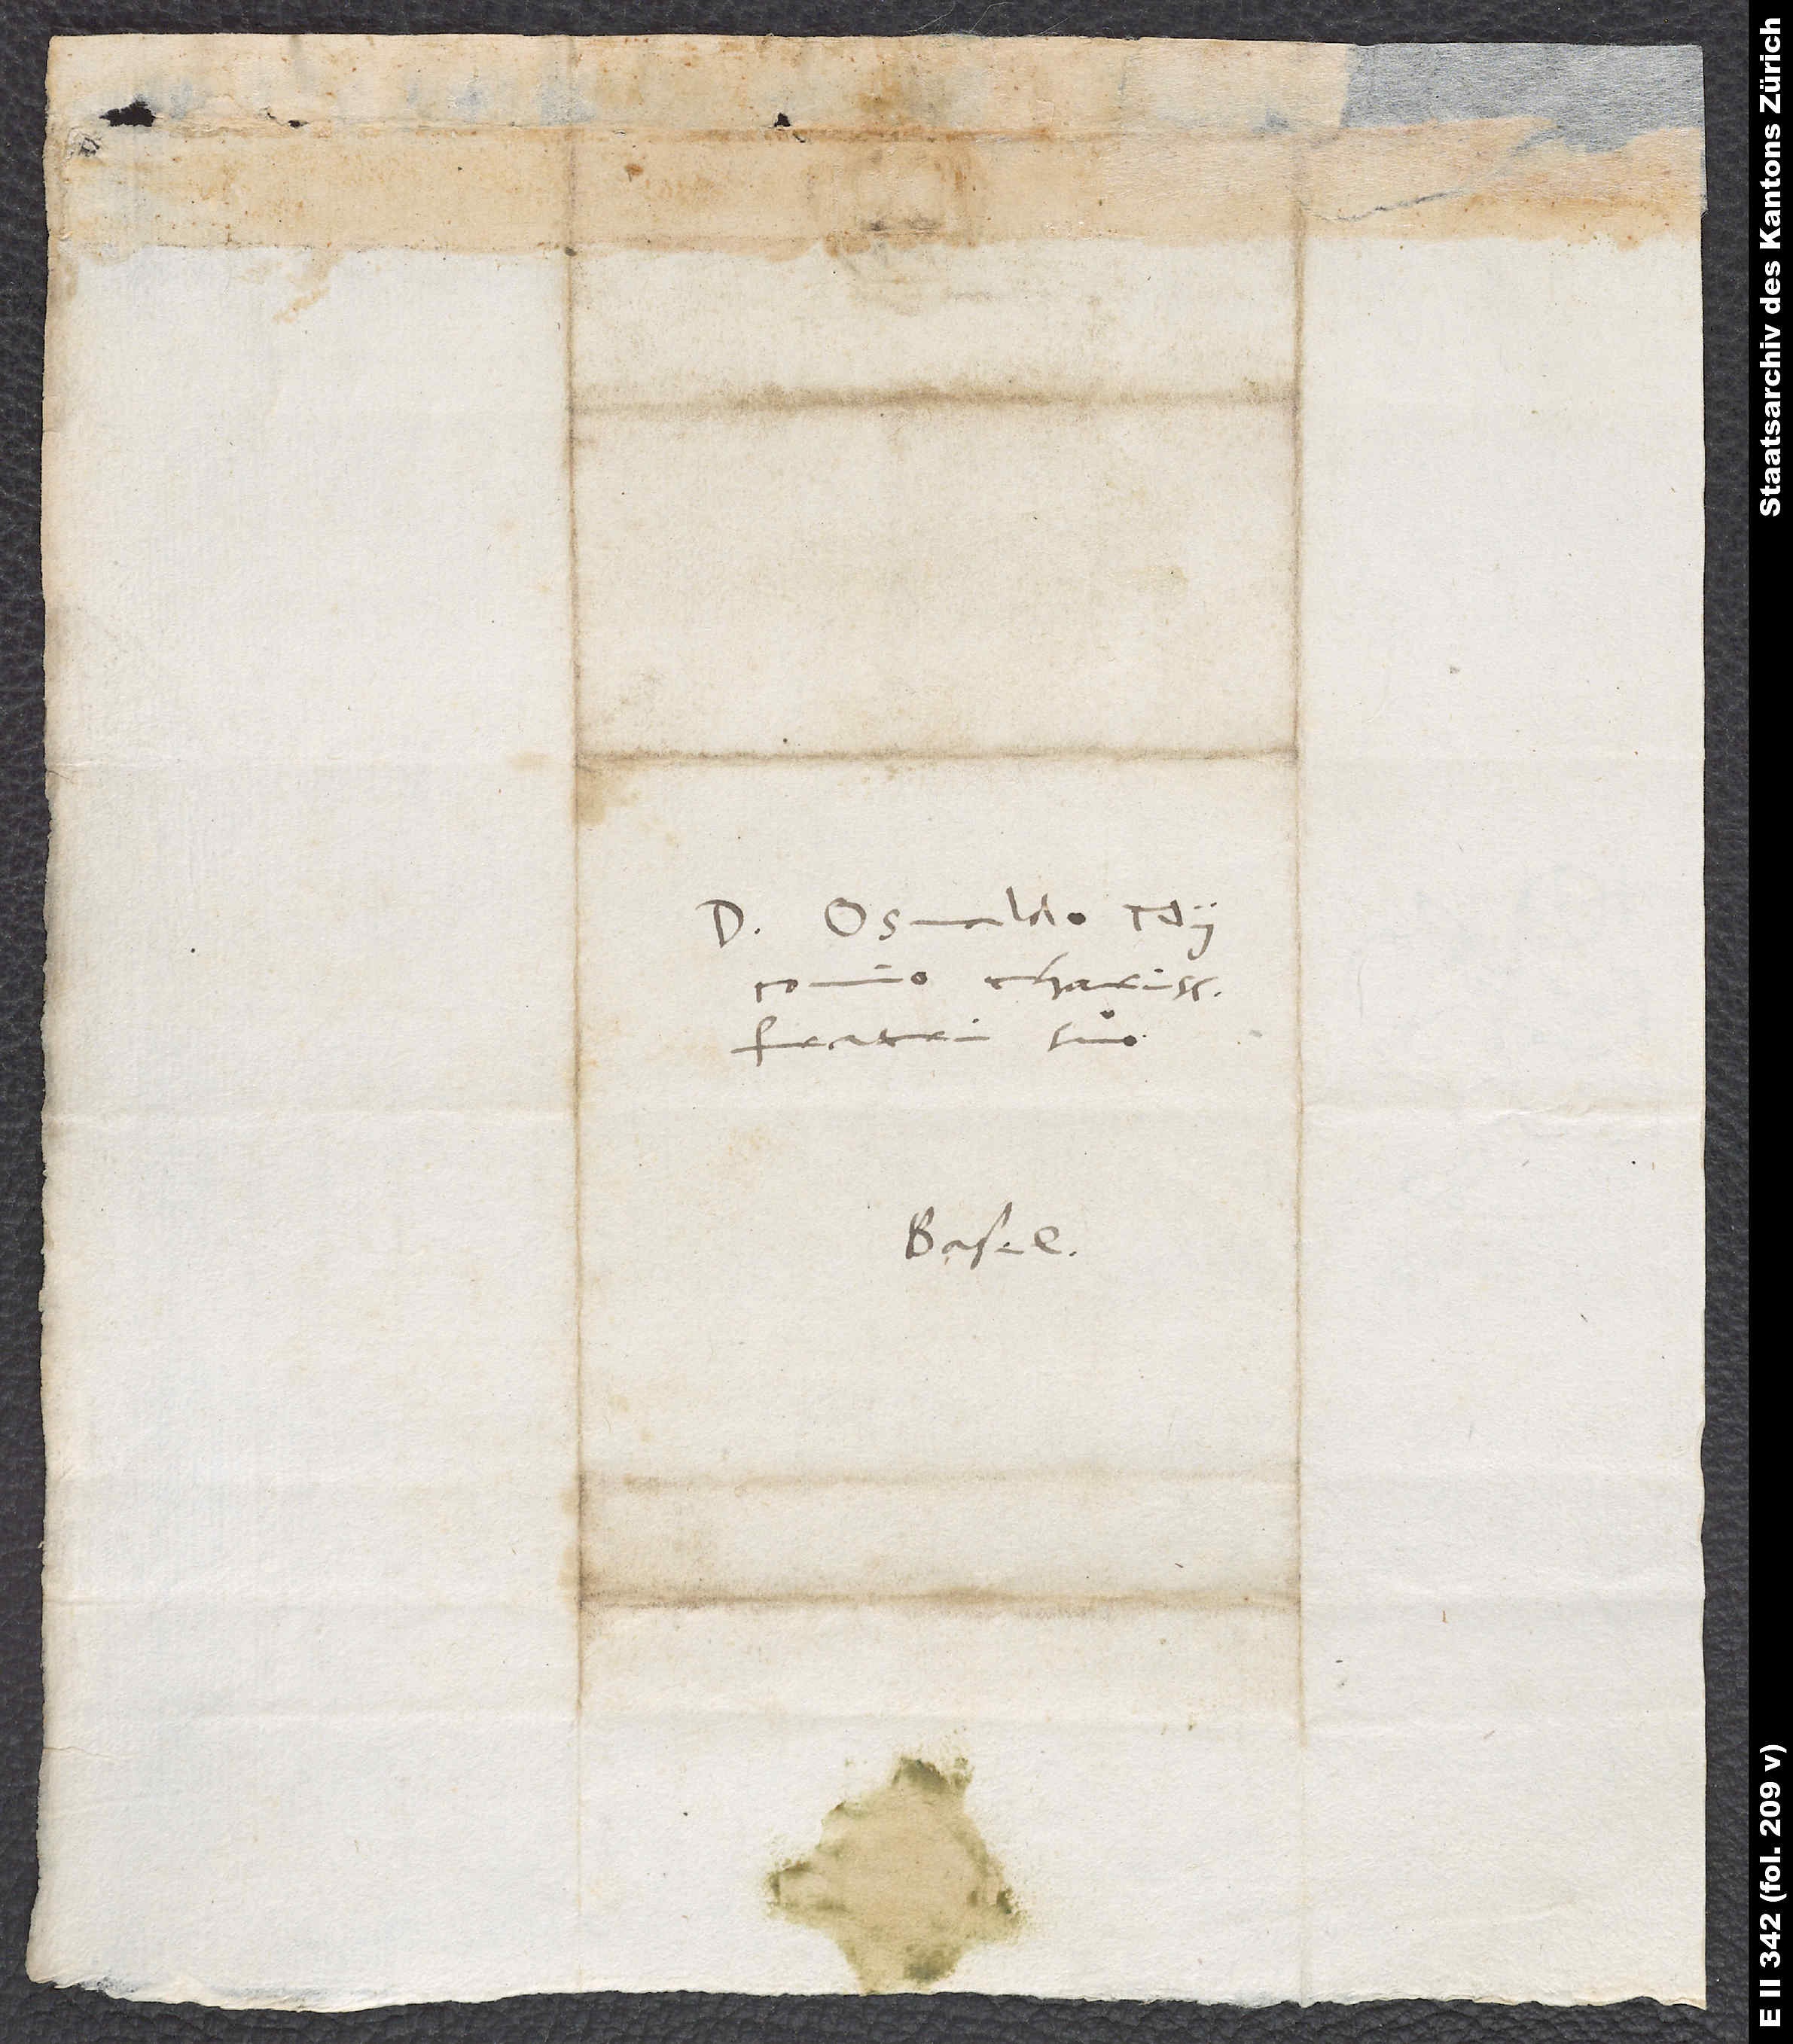
fratri suo.
Basel.